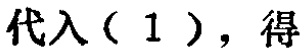
代入（1），得